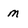
Character: m